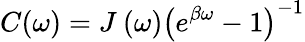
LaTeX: C(\omega)={{J}_{{}}}\left(\omega\right){{\left({{e}^{\beta\omega}}-1\right)}^{-1}}